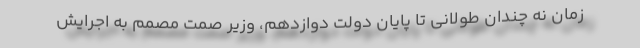
زمان نه چندان طولانی تا پایان دولت دوازدهم، وزیر صمت مصمم به اجرایش